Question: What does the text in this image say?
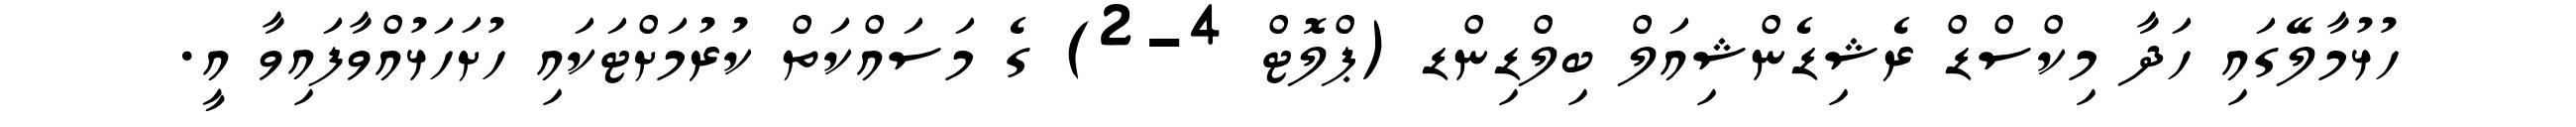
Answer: ހުޅުމާލޭގައި ހަދާ މިކްސްޑް ރެޝިޑެންޝިއަލް ބިލްޑިންޑ (ޕްލޮޓް 4-2) ގެ މަސައްކަތް ކުރުމަށްޓަކައި ހުށަހަޅުއްވާފައިވާ އީ.